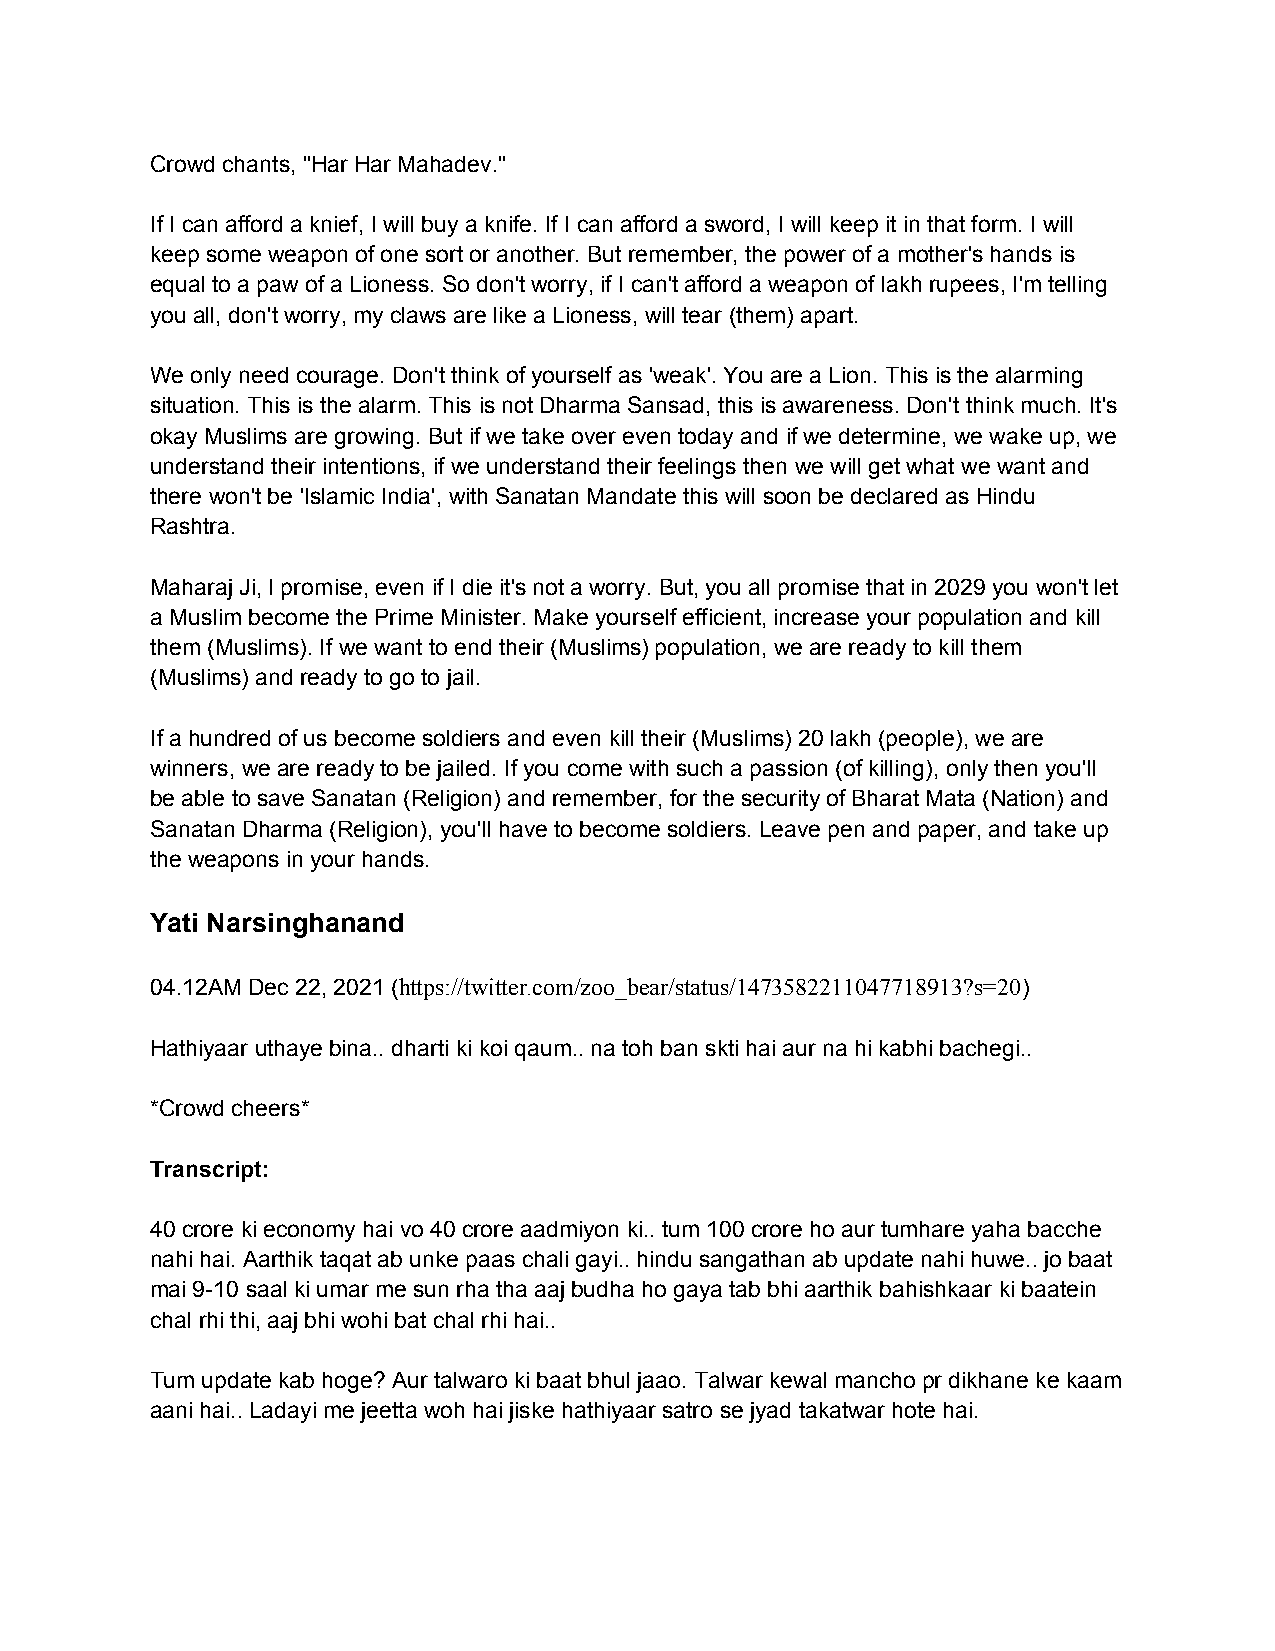
Crowd chants, "Har Har Mahadev."
 If I can afford a knief, I will buy a knife. If I can afford a sword, I will keep it in that form. I will
 keep some weapon of one sort or another. But remember, the power of a mother's hands is
 equal to a paw of a Lioness. So don't worry, if I can't afford a weapon of lakh rupees, I'm telling
 you all, don't worry, my claws are like a Lioness, will tear (them) apart.
 We only need courage. Don't think of yourself as 'weak'. You are a Lion. This is the alarming
 situation. This is the alarm. This is not Dharma Sansad, this is awareness. Don't think much. It's
 okay Muslims are growing. But if we take over even today and if we determine, we wake up, we
 understand their intentions, if we understand their feelings then we will get what we want and
 there won't be 'Islamic India', with Sanatan Mandate this will soon be declared as Hindu
 Rashtra.
 Maharaj Ji, I promise, even if I die it's not a worry. But, you all promise that in 2029 you won't let
 a Muslim become the Prime Minister. Make yourself efficient, increase your population and kill
 them (Muslims). If we want to end their (Muslims) population, we are ready to kill them
 (Muslims) and ready to go to jail.
 If a hundred of us become soldiers and even kill their (Muslims) 20 lakh (people), we are
 winners, we are ready to be jailed. If you come with such a passion (of killing), only then you'll
 be able to save Sanatan (Religion) and remember, for the security of Bharat Mata (Nation) and
 Sanatan Dharma (Religion), you'll have to become soldiers. Leave pen and paper, and take up
 the weapons in your hands.
 Yati Narsinghanand
 04.12AM Dec 22, 2021 (https://twitter.com/zoo_bear/status/1473582211047718913?s=20)
 Hathiyaar uthaye bina.. dharti ki koi qaum.. na toh ban skti hai aur na hi kabhi bachegi..
 *Crowd cheers*
 Transcript:
 40 crore ki economy hai vo 40 crore aadmiyon ki.. tum 100 crore ho aur tumhare yaha bacche
 nahi hai. Aarthik taqat ab unke paas chali gayi.. hindu sangathan ab update nahi huwe.. jo baat
 mai 9-10 saal ki umar me sun rha tha aaj budha ho gaya tab bhi aarthik bahishkaar ki baatein
 chal rhi thi, aaj bhi wohi bat chal rhi hai..
 Tum update kab hoge? Aur talwaro ki baat bhul jaao. Talwar kewal mancho pr dikhane ke kaam
 aani hai.. Ladayi me jeetta woh hai jiske hathiyaar satro se jyad takatwar hote hai.